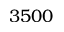
3 5 0 0